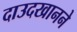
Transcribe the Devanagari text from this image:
दाउदखानने